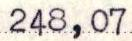
248,07